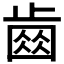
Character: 𣦗